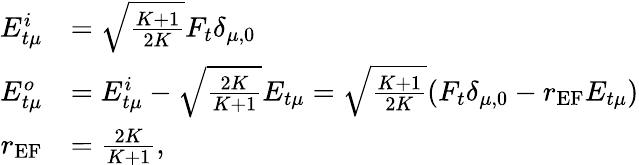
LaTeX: \begin{array}{rl}{E_{t\mu}^{i}}&{=\sqrt{\frac{K+1}{2K}}F_{t}\delta_{\mu,0}}\\ {E_{t\mu}^{o}}&{=E_{t\mu}^{i}-\sqrt{\frac{2K}{K+1}}E_{t\mu}=\sqrt{\frac{K+1}{2K}}(F_{t}\delta_{\mu,0}-r_{\textrm{EF}}E_{t\mu})}\\ {r_{\textrm{EF}}}&{=\frac{2K}{K+1},}\end{array}